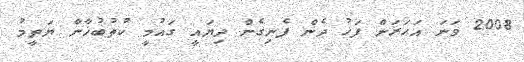
2008 ވަނަ އަހަރަށް ފަހު ދެން ފެނިގެން ދިޔައީ ގައުމީ ކުތުބުޚާނާ ޔަތީމު